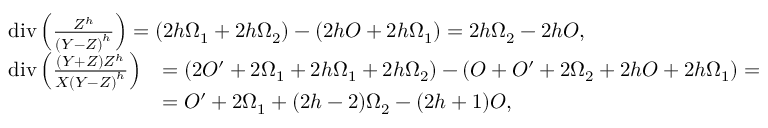
\begin{array} { r l } & { \begin{array} { r } { \operatorname { d i v } \left( \frac { Z ^ { h } } { { ( Y - Z ) } ^ { h } } \right) = ( 2 h \Omega _ { 1 } + 2 h \Omega _ { 2 } ) - ( 2 h O + 2 h \Omega _ { 1 } ) = 2 h \Omega _ { 2 } - 2 h O , } \end{array} } \\ & { \begin{array} { r l } { \operatorname { d i v } \left( \frac { ( Y + Z ) Z ^ { h } } { X { ( Y - Z ) } ^ { h } } \right) } & { = ( 2 O ^ { \prime } + 2 \Omega _ { 1 } + 2 h \Omega _ { 1 } + 2 h \Omega _ { 2 } ) - ( O + O ^ { \prime } + 2 \Omega _ { 2 } + 2 h O + 2 h \Omega _ { 1 } ) = } \\ & { = O ^ { \prime } + 2 \Omega _ { 1 } + ( 2 h - 2 ) \Omega _ { 2 } - ( 2 h + 1 ) O , } \end{array} } \end{array}